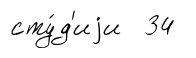
сту́д'иjи 34